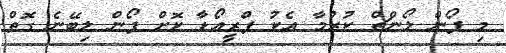
މި ފޯން ލޯންޗް ކުރުމާ އެކު ޕްރީއޯޑާ ކޮށް ފޯން ލިބޭނެ ގޮތް